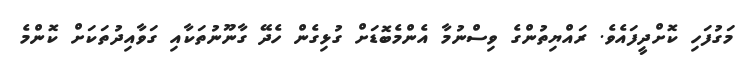
މަގުފަހި ކޮށްދީފައެވެ. ރައްޔިތުންގެ ވިސްނުމާ އެންމެބޮޑަށް ގުޅިގެން ހެދޭ ގާނޫނުތަކާއި ގަވާއިދުތަކަށް ކޮންމެ